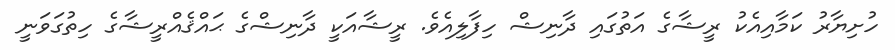
ހުށިޔާރު ކަމާއިއެކު ރީޝާގެ އަތުގައި ދާނިޝް ހިފާލިއެވެ. ރީޝާއަކީ ދާނިޝްގެ ޙައްޤެއްރީޝާގެ ހިތުގަަވަނީ